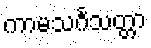
ကာမသင်္ဂသတ္တာ